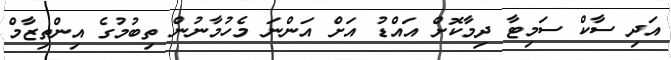
އަދި ސާކް ސަމިޓާ ދިމާކޮށް އައްޑު އަށް އަންނަ މެހުމާނުން ތިބުމުގެ އިންތިޒާމް